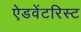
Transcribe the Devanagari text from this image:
ऐडवेंटरिस्ट